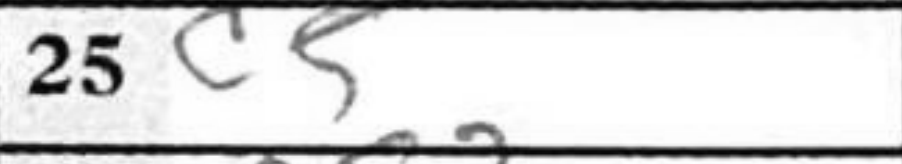
Transcription: c5